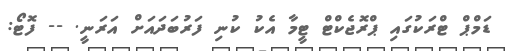
ޑަމްޕް ޓްރަކުގައި ޕްރޮޖެކްޓް ޓީމާ އެކު ކުނި ފަރުބަދައަށް އަރަނީ. -- ފޮޓޯ: